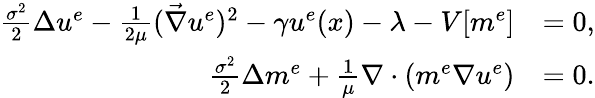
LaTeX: \begin{array}{rl}{\frac{\sigma^{2}}{2}\Delta{u^{e}}-\frac{1}{2\mu}(\vec{\nabla}u^{e})^{2}-\gamma u^{e}(x)-\lambda-V[m^{e}]}&{=0,}\\ {\frac{\sigma^{2}}{2}\Delta m^{e}+\frac{1}{\mu}\nabla\cdot(m^{e}\nabla u^{e})}&{=0.}\end{array}